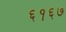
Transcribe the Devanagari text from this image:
६१६७